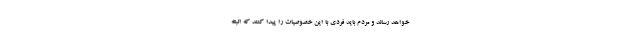
خواهد رساند و مردم باید فردی با این خصوصیات را پیدا کنند که البته